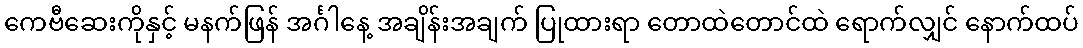
ကေဗီဆေးကိုနှင့် မနက်ဖြန် အင်္ဂါနေ့ အချိန်းအချက် ပြုထားရာ တောထဲတောင်ထဲ ရောက်လျှင် နောက်ထပ်